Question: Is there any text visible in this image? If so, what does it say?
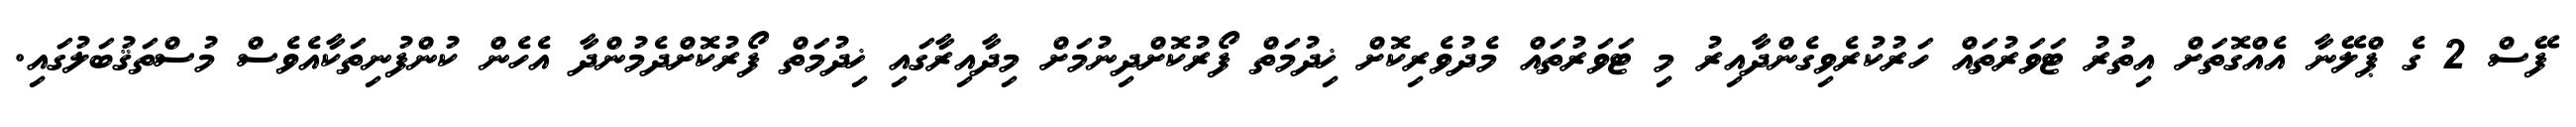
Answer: ފޭސް 2 ގެ ޕްލޭނާ އެއްގޮތަށް އިތުރު ޓަވަރުތައް ހަރުކުރެވިގެންދާއިރު މި ޓަވަރުތައް މެދުވެރިކޮށް ޚިދުމަތް ފޯރުކޮށްދިނުމަށް މިދާއިރާގައި ޚިދުމަތް ފޯރުކޮށްދެމުންދާ އެހެން ކުންފުނިތަކާއެވެސް މުސްތަޤުބަލުގައި.